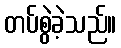
တပ်စွဲခဲ့သည်။